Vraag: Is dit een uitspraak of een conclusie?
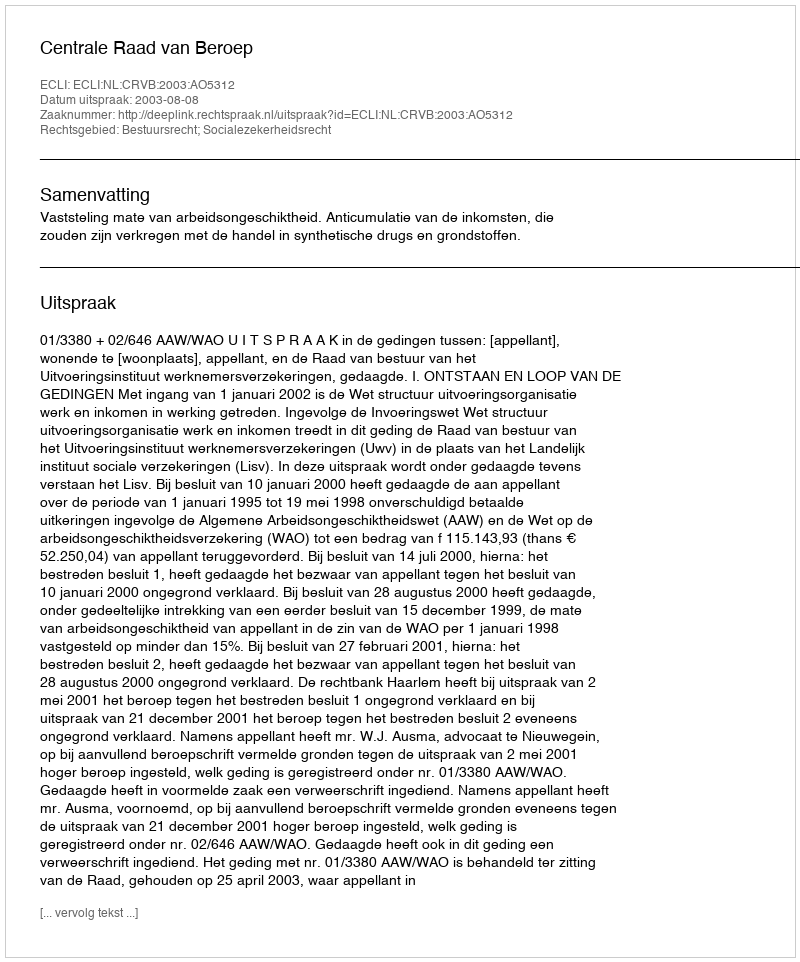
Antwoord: Uitspraak